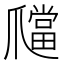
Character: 𤔶